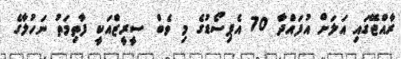
ރާއްޖޭގައި އަލަށް އުފައްދާ 70 އެޕިސޯޑުގެ މި ވެބް ސީރީޒްއަކީ ފާތިމަތު ނަހުލާގެ